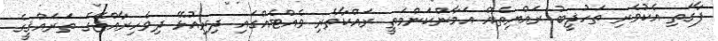
ފާގަތި އެކުވެރި ތަހުޛީބު ރައްޔިތެއް އަމާންކަންމަތީ ރައްކާތެރި ވެއްޓެއްގައި ދިރިއުޅޭ ދިވެހިރާއްޖޭގެ ތަރައްޤީގެ